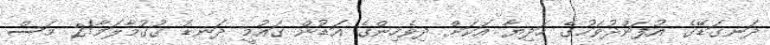
ދަނގަޑޭގެ އުފަންދުވަހުގެ ހަދިޔާ އަކަށް ދިވެހިންގެ އަޑުން ގައުމީ ދަނޑު ގުގުމާލަމާ!2 މަސް